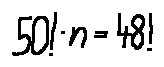
5 0 ! \cdot n = 4 8 !